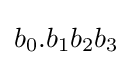
b_{0}.b_{1}b_{2}b_{3}